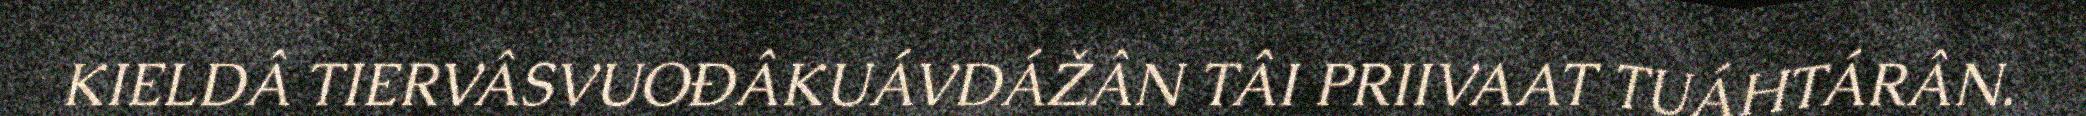
KIELDÂ TIERVÂSVUOĐÂKUÁVDÁŽÂN TÂI PRIIVAAT TUÁHTÁRÂN.